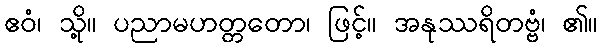
ဧဝံ၊ သို့။ ပညာမဟတ္တတော၊ ဖြင့်။ အနုဿရိတဗ္ဗံ၊ ၏။